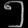
Digit: ၅